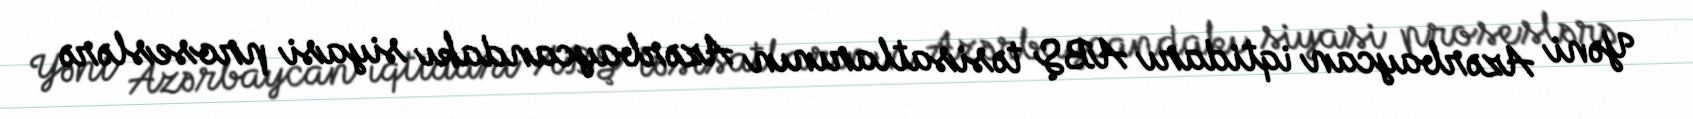
Yəni Azərbaycan iqtidarı ABŞ təsisatlarının Azərbaycandakı siyasi proseslərə